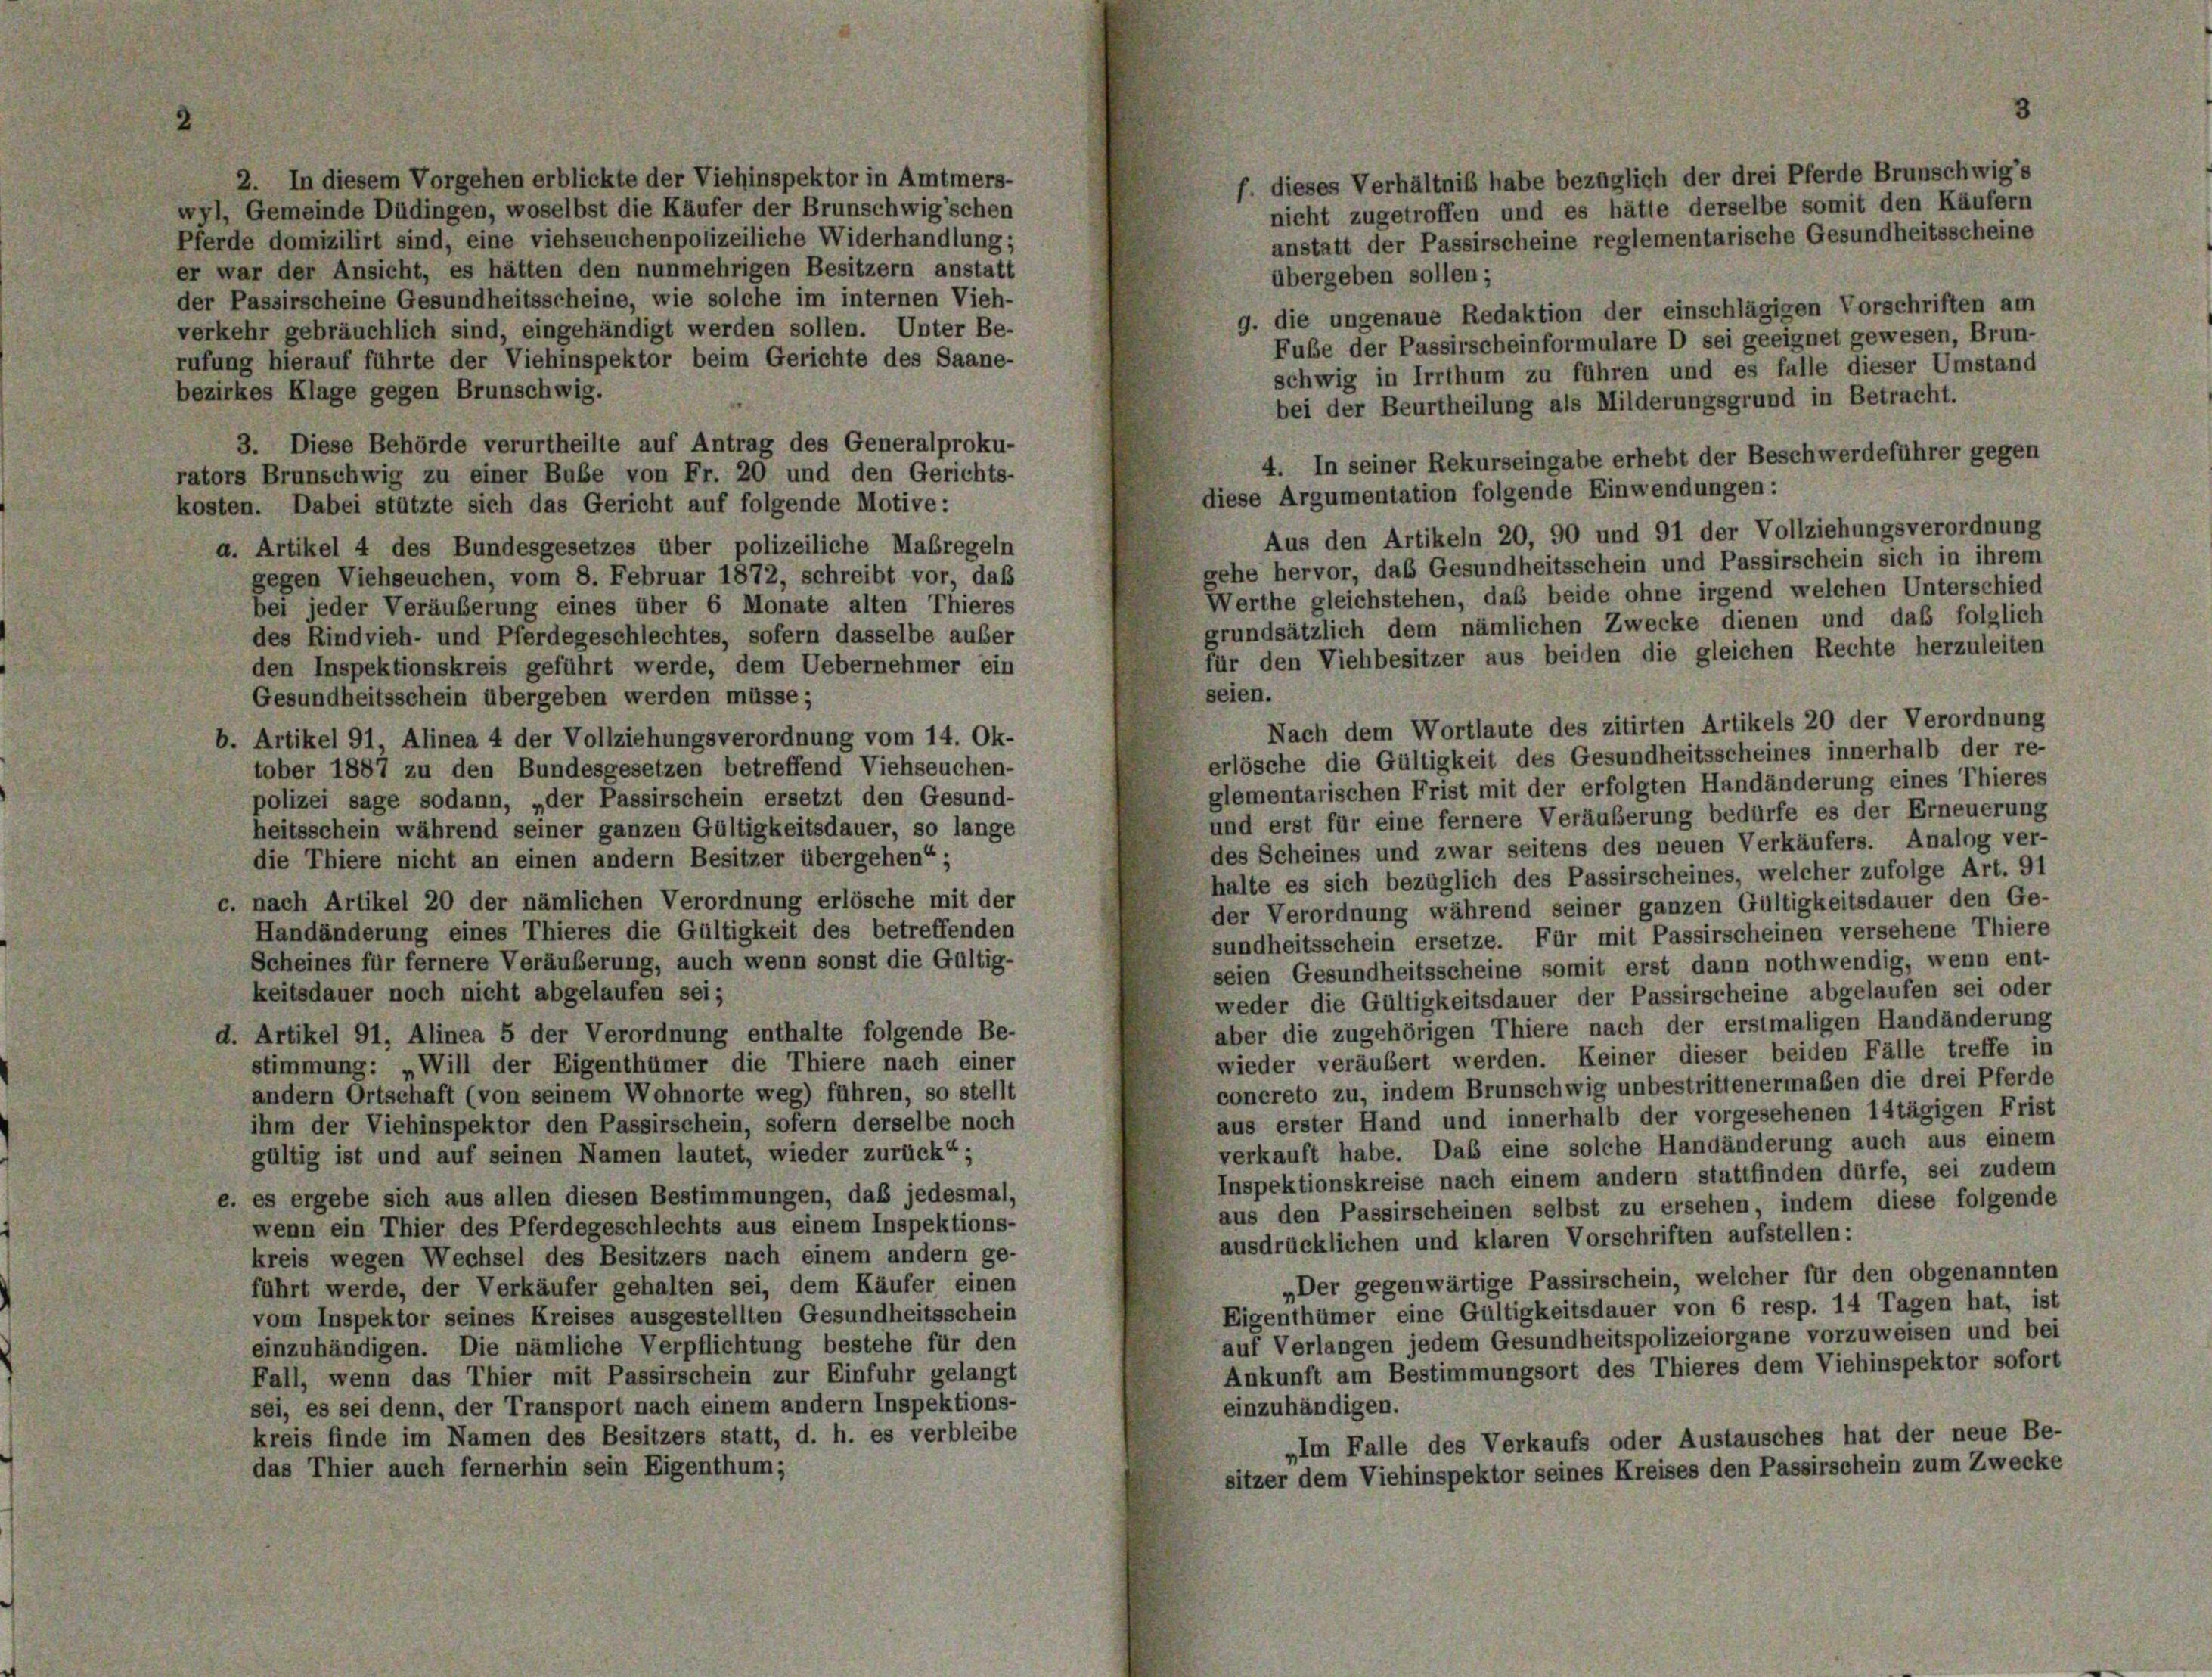
f. dieses Verhältniß habe bezüglich der drei Pferde Brunschwig’s
2. In diesem Vorgehen erblickte der Viehinspektor in Amtmers-
nicht zugetroffen und es hätte derselbe somit den Käufern
wyl, Gemeinde Düdingen, woselbst die Käufer der Brunschwig’schen
Pferde domizilirt sind, eine viehseuchenpolizeiliche Widerhandlung;
anstatt der Passirscheine reglementarische Gesundheitsscheine
er war der Ansicht, es hätten den nunmehrigen Besitzern anstatt
übergeben sollen;
der Passirscheine Gesundheitsscheine, wie solche im internen Vieh-
9. die ungenaue Redaktion der einschlägigen Vorschriften am
verkehr gebräuchlich sind, eingehändigt werden sollen. Unter Be-
Fube der Passirscheinformulare D sei geeignet gewesen, Brun-
rufung hierauf führte der Viehinspektor beim Gerichte des Saane-
schwig in Irrthum zu führen und es falle dieser Umstand
bezirkes Klage gegen Brunschwig.
bei der Beurtheilung als Milderungsgrund in Betracht.
3. Diese Behörde verurtheilte auf Antrag des Generalproku-
4. In seiner Rekurseingabe erhebt der Beschwerdeführer gegen
rators Brunschwig zu einer Bube von Fr. 20 und den Gerichts-
diese Argumentation folgende Einwendungen:
kosten. Dabei stützte sich das Gericht auf folgende Motive:
Aus den Artikeln 20, 90 und 91 der Vollziehungsverordnung
a. Artikel 4 des Bundesgesetzes über polizeiliche Maßregeln
gehe hervor, das Gesundheitsschein und Passirschein sich in ihrem
gegen Viehseuchen, vom 8. Februar 1872, schreibt vor, daß
Werthe gleichstehen, das beide ohne irgend welchen Unterschied
bei jeder Veräußerung eines über 6 Monate alten Thieres
grundsätzlich dem nämlichen Zwecke dienen und daß folglich
des Rindvieh- und Pferdegeschlechtes, sofern dasselbe außer
für den Viehbesitzer aus beiden die gleichen Rechte herzuleiten
den Inspektionskreis geführt werde, dem Uebernehmer ein
seien.
Gesundheitsschein übergeben werden müsse;
Nach dem Wortlaute des zitirten Artikels 20 der Verordnung
b. Artikel 91, Alinea 4 der Vollziehungsverordnung vom 14. Ok-
erlösche die Gültigkeit des Gesundheitsscheines innerhalb der re-
tober 1887 zu den Bundesgesetzen betreffend Viehseuchen-
glementarischen Frist mit der erfolgten Handänderung eines Thieres
polizei sage sodann, „der Passirschein ersetzt den Gesund-
und erst für eine fernere Veräußerung bedürfe es der Erneuerung
heitsschein während seiner ganzen Gültigkeitsdauer, so lange
des Scheines und zwar seitens des neuen Verkäufers. Analog ver-
die Thiere nicht an einen andern Besitzer übergehen“;
halte es sich bezüglich des Passirscheines, welcher zufolge Art. 91
c. nach Artikel 20 der nämlichen Verordnung erlösche mit der
der Verordnung während seiner ganzen Gültigkeitsdauer den Ge-
Handänderung eines Thieres die Gültigkeit des betreffenden
sundheitsschein ersetze. Für mit Passirscheinen versehene Thiere
Scheines für fernere Veräußerung, auch wenn sonst die Gültig-
seien Gesundheitsscheine somit erst dann nothwendig, wenn ent-
keitsdauer noch nicht abgelaufen sei;
weder die Gültigkeitsdauer der Passirscheine abgelaufen sei oder
aber die zugehörigen Thiere nach der erstmaligen Handänderung
d. Artikel 91, Alinea 5 der Verordnung enthalte folgende Be-
wieder veräubert werden. Keiner dieser beiden Fälle treffe in
stimmung: „Will der Eigenthümer die Thiere nach einer
concreto zu, indem Brunschwig unbestrittenermaßen die drei Pferde
andern Ortschaft (von seinem Wohnorte weg) führen, so stellt
aus erster Hand und innerhalb der vorgesehenen 14tägigen Frist
ihm der Viehinspektor den Passirschein, sofern derselbe noch
verkauft habe. Das eine solche Handänderung auch aus einem
gültig ist und auf seinen Namen lautet, wieder zurück“;
Inspektionskreise nach einem andern stattfinden dürfe, sei zudem
e. es ergebe sich aus allen diesen Bestimmungen, daß jedesmal,
aus den Passirscheinen selbst zu ersehen, indem diese folgende
wenn ein Thier des Pferdegeschlechts aus einem Inspektions-
ausdrücklichen und klaren Vorschriften aufstellen:
kreis wegen Wechsel des Besitzers nach einem andern ge-
„Der gegenwärtige Passirschein, welcher für den obgenannten
führt werde, der Verkäufer gehalten sei, dem Käufer einen
Eigenthümer eine Gültigkeitsdauer von 6 resp. 14 Tagen hat, ist
vom Inspektor seines Kreises ausgestellten Gesundheitsschein
auf Verlangen jedem Gesundheitspolizeiorgane vorzuweisen und bei
einzuhändigen. Die nämliche Verpflichtung bestehe für den
Ankunft am Bestimmungsort des Thieres dem Viehinspektor sofort
Fall, wenn das Thier mit Passirschein zur Einfuhr gelangt
sei, es sei denn, der Transport nach einem andern Inspektions-
einzuhändigen.
kreis finde im Namen des Besitzers statt, d. h. es verbleibe
„Im Falle des Verkaufs oder Austausches hat der neue Be-
das Thier auch fernerhin sein Eigenthum;
sitzer dem Viehinspektor seines Kreises den Passirschein zum Zwecke